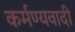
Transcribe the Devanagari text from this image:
कर्मण्यवादी